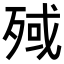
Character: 𣨤